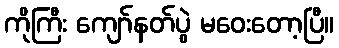
ကိုကြီး ကျော်နတ်ပွဲ မဝေးတော့ပြီ။